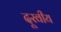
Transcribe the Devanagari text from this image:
दूरवीय